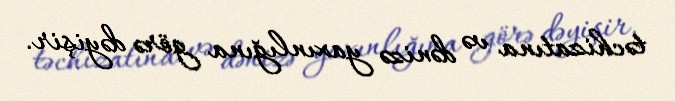
təchizatına və dənizə yaxınlığına görə dəyişir.